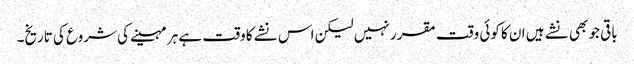
باقی جو بھی نشے ہیں ا ن کا کوئی وقت مقرر نہیں لیکن اس نشے کا وقت ہے ہر مہینے کی شروع کی تاریخ۔